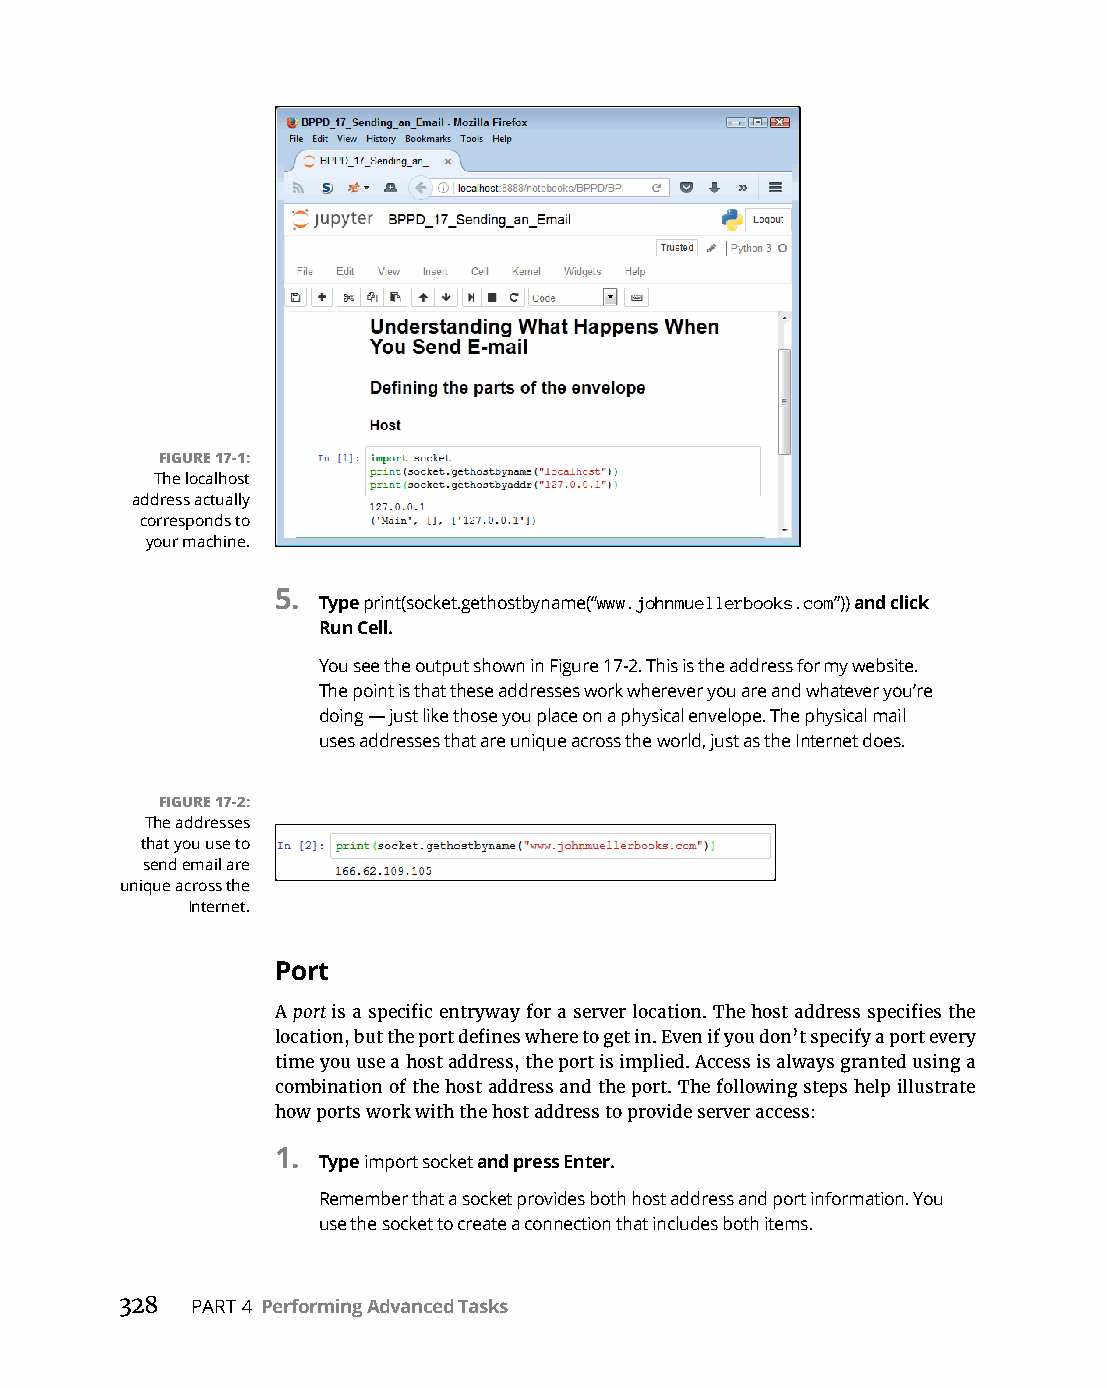
FIGURE 17-1:
 The localhost
 address actually
 corresponds to
 your machine.
 5. Type print(socket.gethostbyname(“www.johnmuellerbooks.com”)) and click
 Run Cell.
 You see the output shown in Figure 17-2. This is the address for my website.
 The point is that these addresses work wherever you are and whatever you’re
 doing — just like those you place on a physical envelope. The physical mail
 uses addresses that are unique across the world, just as the Internet does.
 FIGURE 17-2:
 The addresses
 that you use to
 send email are
 unique across the
 Internet.
 Port
 A port is a specific entryway for a server location. The host address specifies the
 location, but the port defines where to get in. Even if you don’t specify a port every
 time you use a host address, the port is implied. Access is always granted using a
 combination of the host address and the port. The following steps help illustrate
 how ports work with the host address to provide server access:
 1.
 Type import socket and press Enter.
 Remember that a socket provides both host address and port information. You
 use the socket to create a connection that includes both items.
 328  PART 4 Performing Advanced Tasks